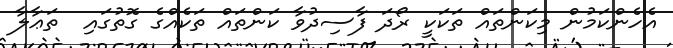
އެހެންކަމުން މިކަންތައް ތަކަކީ ރޯދަ ފާސިދުވާ ކަންތައް ތަކެއްގެ ގޮތުގައި  ތަޢާލާ